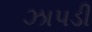
ઝાપડી